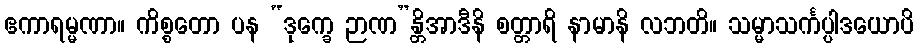
ဧကာရမ္မဏာ။ ကိစ္စတော ပန “ဒုက္ခေ ဉာဏ”န္တိအာဒီနိ စတ္တာရိ နာမာနိ လဘတိ။ သမ္မာသင်္ကပ္ပါဒယောပိ